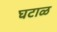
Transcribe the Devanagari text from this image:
घटाळ